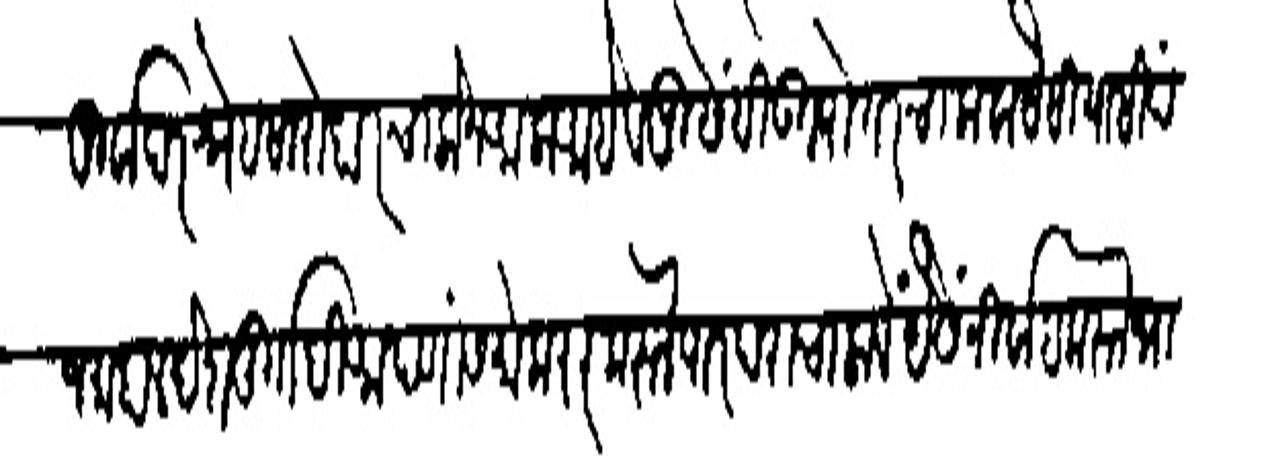
Transliteration (Devanagari): पूर्वापर स्नेह सारोधार चालोन आला आहे व पुवही उत्तरोतर चालावा यंसीयासी पं
जमाहाल वेश दुर्गादि आपणांस मोकरर करन पारंपरा चालावें पैसे निर्वाह कहन भा